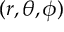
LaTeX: ( r , \theta , \phi )